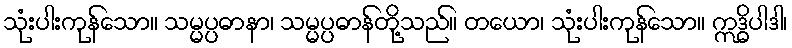
သုံးပါးကုန်သော။ သမ္မပ္ပဓာနာ၊ သမ္မပ္ပဓာန်တို့သည်။ တယော၊ သုံးပါးကုန်သော။ ဣဒ္ဓိပါဒါ၊